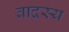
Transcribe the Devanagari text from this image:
वादस्य